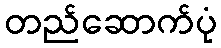
တည်ဆောက်ပုံ